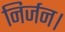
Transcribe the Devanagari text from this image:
निर्जन।